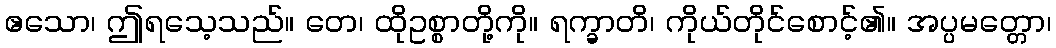
ဧသော၊ ဤရသေ့သည်။ တေ၊ ထိုဥစ္စာတို့ကို။ ရက္ခာတိ၊ ကိုယ်တိုင်စောင့်၏။ အပ္ပမတ္တော၊